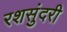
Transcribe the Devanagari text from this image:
रशसुंदरी